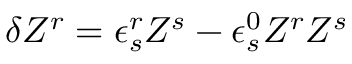
\delta Z ^ { r } = \epsilon _ { s } ^ { r } Z ^ { s } - \epsilon _ { s } ^ { 0 } Z ^ { r } Z ^ { s }